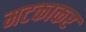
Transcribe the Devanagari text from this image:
मटकाकर